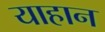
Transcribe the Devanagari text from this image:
याहान